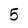
Character: 5